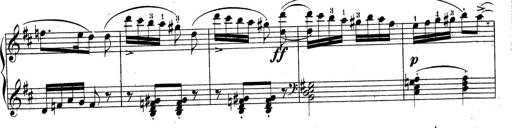
Title: Sonatine No.3
Composer: Peter Piel
Key: D major